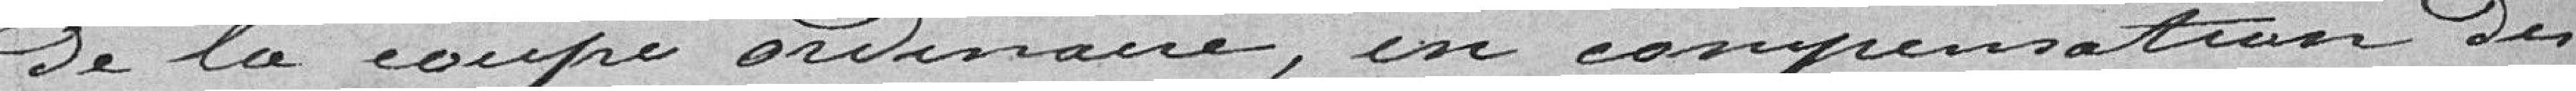
de la coupe ordinaire, en compensation des